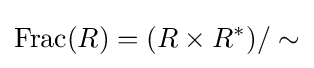
{\text{Frac}}(R)=(R\times R^{*})/\sim